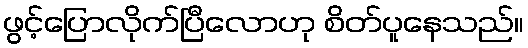
ဖွင့်ပြောလိုက်ပြီလောဟု စိတ်ပူနေသည်။